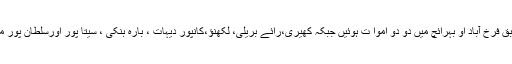
رپورٹوں کے مطابق فرخ آباد او بہرائچ میں دو دو اموا ت ہوئیں جبکہ کھیری،رائے بریلی، لکھنؤ،کانپور دیہات ، بارہ بنکی ، سیتا پور اورسلطان پور میں ایک ہلاک ہوا ۔